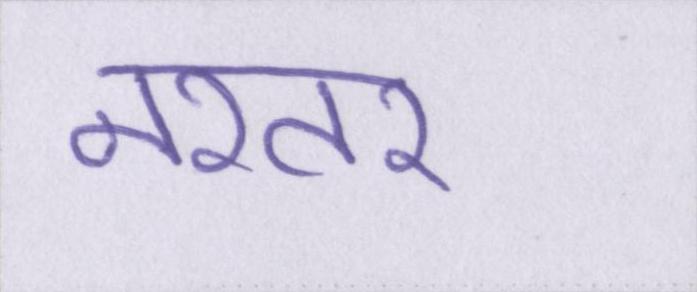
नश्तर